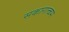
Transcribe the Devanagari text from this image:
सकारात्‍कम